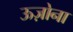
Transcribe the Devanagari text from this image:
ऊज़ोना